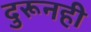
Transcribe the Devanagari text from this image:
दुरूनही